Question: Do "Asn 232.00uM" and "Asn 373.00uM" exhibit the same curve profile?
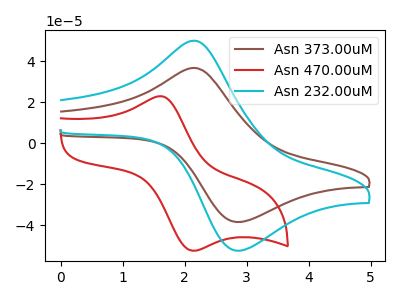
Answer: <think>The brown curve "Asn 373.00uM" has an anodic peak at (2.15V, 36.60uA) and a cathodic peak at (2.90V, -38.55uA). The red curve "Asn 470.00uM" has an anodic peak at (1.60V, 22.85uA) and a cathodic peak at (2.15V, -52.50uA). The cyan curve "Asn 232.00uM" has an anodic peak at (2.15V, 49.90uA) and a cathodic peak at (2.90V, -52.50uA).
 All the peaks in "Asn 232.00uM" have a peak in "Asn 373.00uM" at the same potential. Every peak in "Asn 232.00uM" is higher than every peak in "Asn 373.00uM".</think>
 <answer>"Asn 232.00uM" and "Asn 373.00uM" are similar in shape.</answer>
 <eval>same_shape</eval>